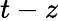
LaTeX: t-z